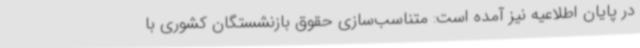
در پایان اطلاعیه نیز آمده است: متناسب‌سازی حقوق بازنشستگان کشوری با